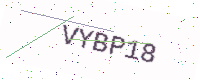
Text: VYBP18